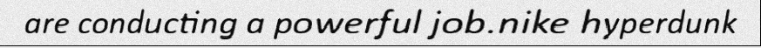
are conducting a powerful job.nike hyperdunk